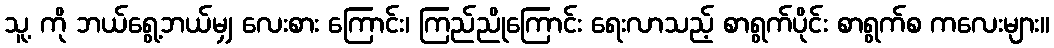
သူ့ ကို ဘယ်ရွေ့ဘယ်မျှ လေးစား ကြောင်း၊ ကြည်ညိုကြောင်း ရေးလာသည့် စာရွက်ပိုင်း စာရွက်စ ကလေးများ။